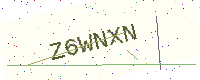
Text: Z6WNXN